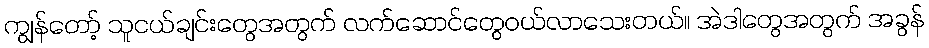
ကျွန်တော့် သူငယ်ချင်းတွေအတွက် လက်ဆောင်တွေဝယ်လာသေးတယ်။ အဲဒါတွေအတွက် အခွန်